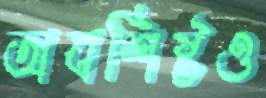
অবশিষ্টও